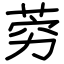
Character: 䓖